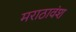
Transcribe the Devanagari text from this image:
मराठावंश